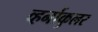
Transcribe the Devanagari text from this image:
व्हर्नाकुलर